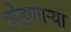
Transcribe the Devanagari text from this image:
पोहणाऱ्या